Madras plague regulations in force outside the Presidency town - Volume 3
Disease focus: Plague
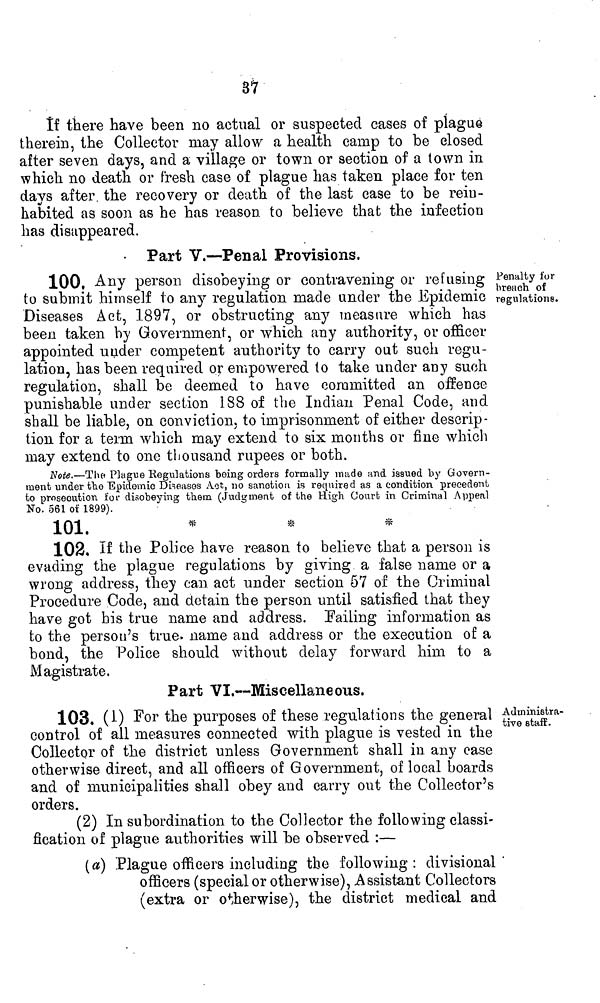
37
If there have been no actual or suspected cases of plagué
therein, the Collector may allow a health camp to be closed
after seven days, and a village or town or section of a town in.
which no death or fresh case of plague has taken place for ten
days after the recovery or death of the last case to be rein-
habited as soon as he has reason to believe that the infection
has disappeared.
• Part V.—Penal Provisions.
Penalty for
breach of
regulations.
100, Any person disobeying or contravening or refusing
to submit himself to any regulation made under the Epidemic
Diseases Act, 1897, or obstructing any measure which has
been taken by Government, or which any authority, or officer
appointed under competent authority to carry out such regu-
lation, has been required or empowered to take under any such
regulation, shall be deemed to have committed an offence
punishable under section 188 of the Indian Penal Code, and
shall be liable, on conviction, to imprisonment of either descrip-
tion for a terni which may extend to six months or fine which
may extend to one thousand rupees or both.
Note.—The Plague Regulations being orders formally made und issued by Govern-
ment under the Epidemic Diseases Act, no sanction is required as a condition precedent
to prosecution for disobeying them (Judgment of the High court in Criminal Appeal
No. 561 of 1899).
101.
*
*
*
102. If the Police have reason to believe that a person is
evading the plague regulations by giving a false name or a
wrong address, they can act under section 57 of the Criminal
Procedure Code, and detain the person until satisfied that they
have got bis true name and address. Failing information as
to the person's true, name and address or the execution of a
bond, the Police should without delay forward him to a
Magistrate.
Part VI.—Miscellaneous.
Administra-
tive staff.
103. (1) For the purposes of these regulations the general
control of all measures connected with plague is vested in the
Collector of the district unless Government shall in any case
otherwise direct, and all officers of Government, of local boards
and of municipalities shall obey and carry out the Collector's
orders.
(2) In subordination to the Collector the following classi-
fication of plague authorities will he observed :—
(a) Plague officers including the following: divisional
officers (special or otherwise), Assistant Collectors
(extra or otherwise), the district medical and